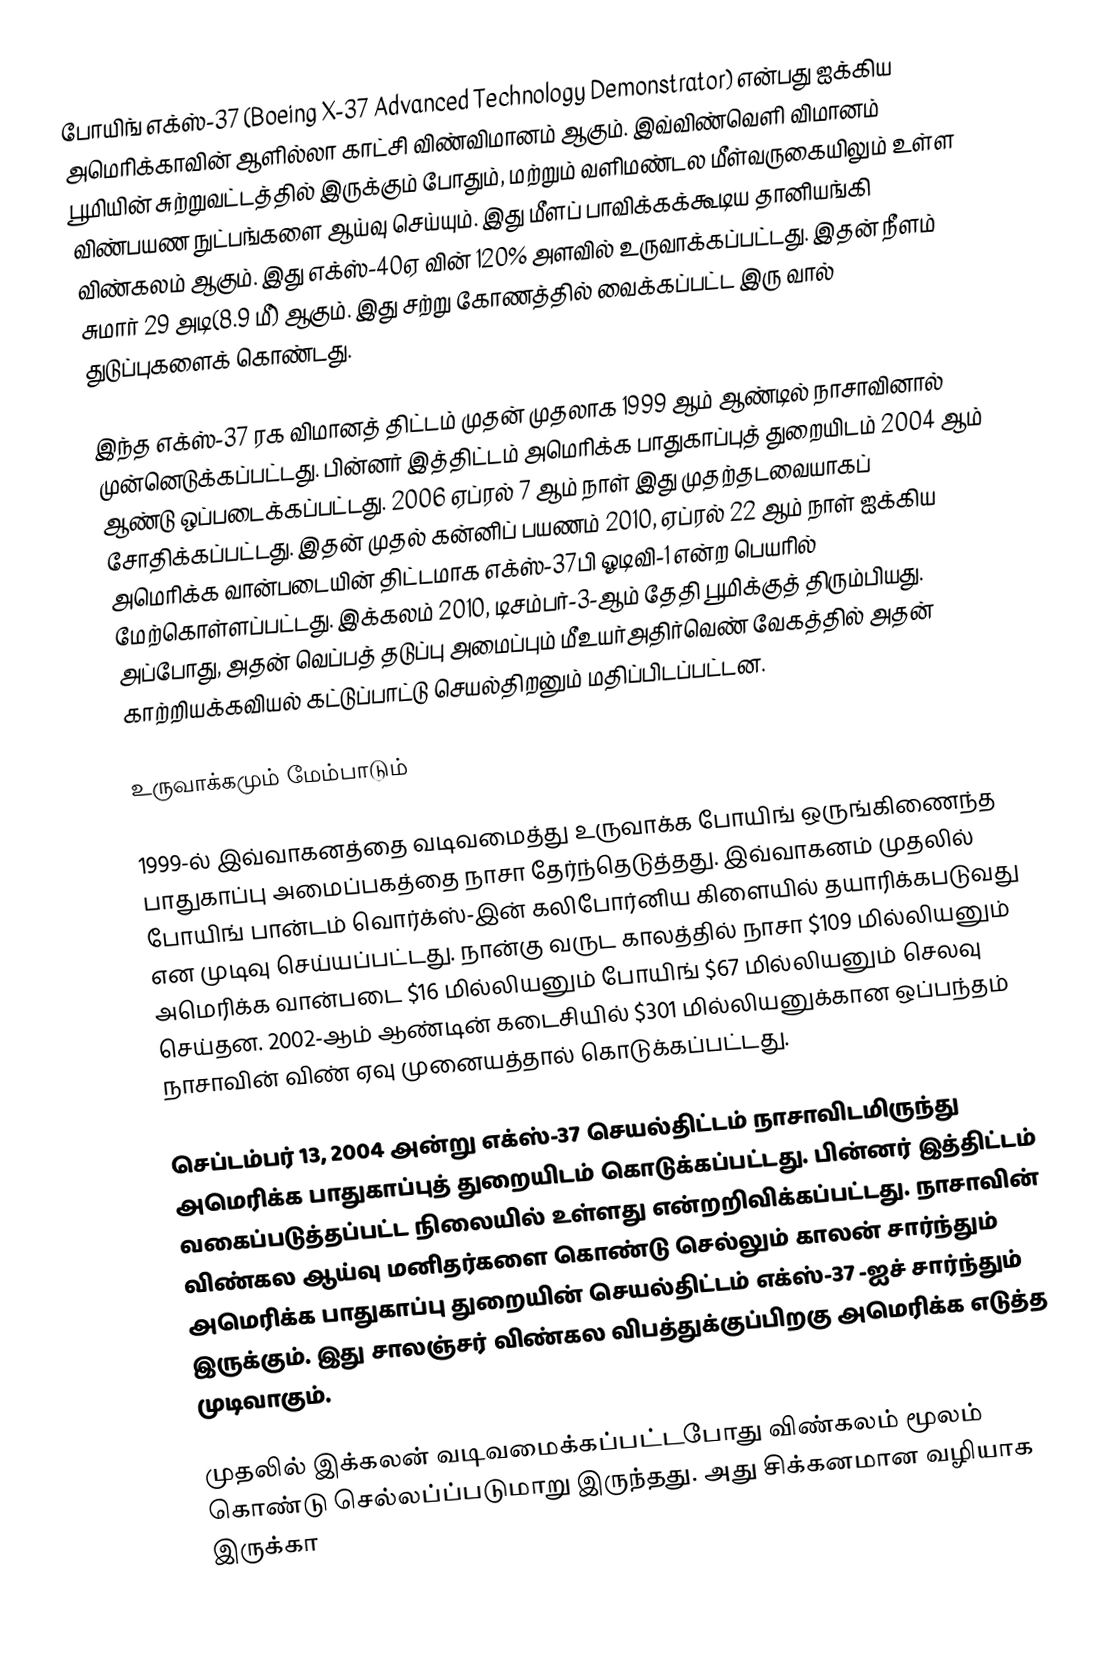
போயிங் எக்ஸ்-37 (Boeing X-37 Advanced Technology Demonstrator) என்பது ஐக்கிய அமெரிக்காவின் ஆளில்லா காட்சி விண்விமானம் ஆகும். இவ்விண்வெளி விமானம் பூமியின் சுற்றுவட்டத்தில் இருக்கும் போதும், மற்றும் வளிமண்டல மீள்வருகையிலும் உள்ள விண்பயண நுட்பங்களை ஆய்வு செய்யும். இது மீளப் பாவிக்கக்கூடிய தானியங்கி விண்கலம் ஆகும். இது எக்ஸ்-40ஏ வின் 120% அளவில் உருவாக்கப்பட்டது. இதன் நீளம் சுமார் 29 அடி(8.9 மீ) ஆகும். இது சற்று கோணத்தில் வைக்கப்பட்ட இரு வால் துடுப்புகளைக் கொண்டது.

இந்த எக்ஸ்-37 ரக விமானத் திட்டம் முதன் முதலாக 1999 ஆம் ஆண்டில் நாசாவினால் முன்னெடுக்கப்பட்டது. பின்னர் இத்திட்டம் அமெரிக்க பாதுகாப்புத் துறையிடம் 2004 ஆம் ஆண்டு ஒப்படைக்கப்பட்டது. 2006 ஏப்ரல் 7 ஆம் நாள் இது முதற்தடவையாகப் சோதிக்கப்பட்டது. இதன் முதல் கன்னிப் பயணம் 2010, ஏப்ரல் 22 ஆம் நாள் ஐக்கிய அமெரிக்க வான்படையின் திட்டமாக எக்ஸ்-37பி ஓடிவி-1 என்ற பெயரில் மேற்கொள்ளப்பட்டது. இக்கலம் 2010, டிசம்பர்-3-ஆம் தேதி பூமிக்குத் திரும்பியது. அப்போது, அதன் வெப்பத் தடுப்பு அமைப்பும் மீஉயர்அதிர்வெண் வேகத்தில் அதன் காற்றியக்கவியல் கட்டுப்பாட்டு செயல்திறனும் மதிப்பிடப்பட்டன.

உருவாக்கமும் மேம்பாடும்

1999-ல் இவ்வாகனத்தை வடிவமைத்து உருவாக்க போயிங் ஒருங்கிணைந்த பாதுகாப்பு அமைப்பகத்தை நாசா தேர்ந்தெடுத்தது. இவ்வாகனம் முதலில் போயிங் பான்டம் வொர்க்ஸ்-இன் கலிபோர்னிய கிளையில் தயாரிக்கபடுவது என முடிவு செய்யப்பட்டது. நான்கு வருட காலத்தில் நாசா $109 மில்லியனும் அமெரிக்க வான்படை $16 மில்லியனும் போயிங் $67 மில்லியனும் செலவு செய்தன. 2002-ஆம் ஆண்டின் கடைசியில் $301 மில்லியனுக்கான ஒப்பந்தம் நாசாவின் விண் ஏவு முனையத்தால் கொடுக்கப்பட்டது.

செப்டம்பர் 13, 2004 அன்று எக்ஸ்-37 செயல்திட்டம் நாசாவிடமிருந்து அமெரிக்க பாதுகாப்புத் துறையிடம் கொடுக்கப்பட்டது. பின்னர் இத்திட்டம் வகைப்படுத்தப்பட்ட நிலையில் உள்ளது என்றறிவிக்கப்பட்டது. நாசாவின் விண்கல ஆய்வு மனிதர்களை கொண்டு செல்லும் காலன் சார்ந்தும் அமெரிக்க பாதுகாப்பு துறையின் செயல்திட்டம் எக்ஸ்-37 -ஐச் சார்ந்தும் இருக்கும். இது சாலஞ்சர் விண்கல விபத்துக்குப்பிறகு அமெரிக்க எடுத்த முடிவாகும்.

முதலில் இக்கலன் வடிவமைக்கப்பட்டபோது விண்கலம் மூலம் கொண்டு செல்லப்ப்படுமாறு இருந்தது. அது சிக்கனமான வழியாக இருக்கா